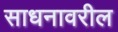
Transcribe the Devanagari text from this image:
साधनावरील